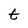
Character: t